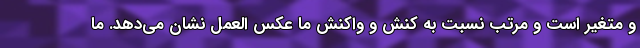
و متغیر است و مرتب نسبت به کنش و واکنش ما عکس العمل نشان می‌دهد. ما